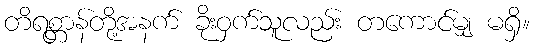
တိရစ္တာန်တို့အနက် ခိုးဝှက်သူလည်း တကောင်မျှ မရှိ။